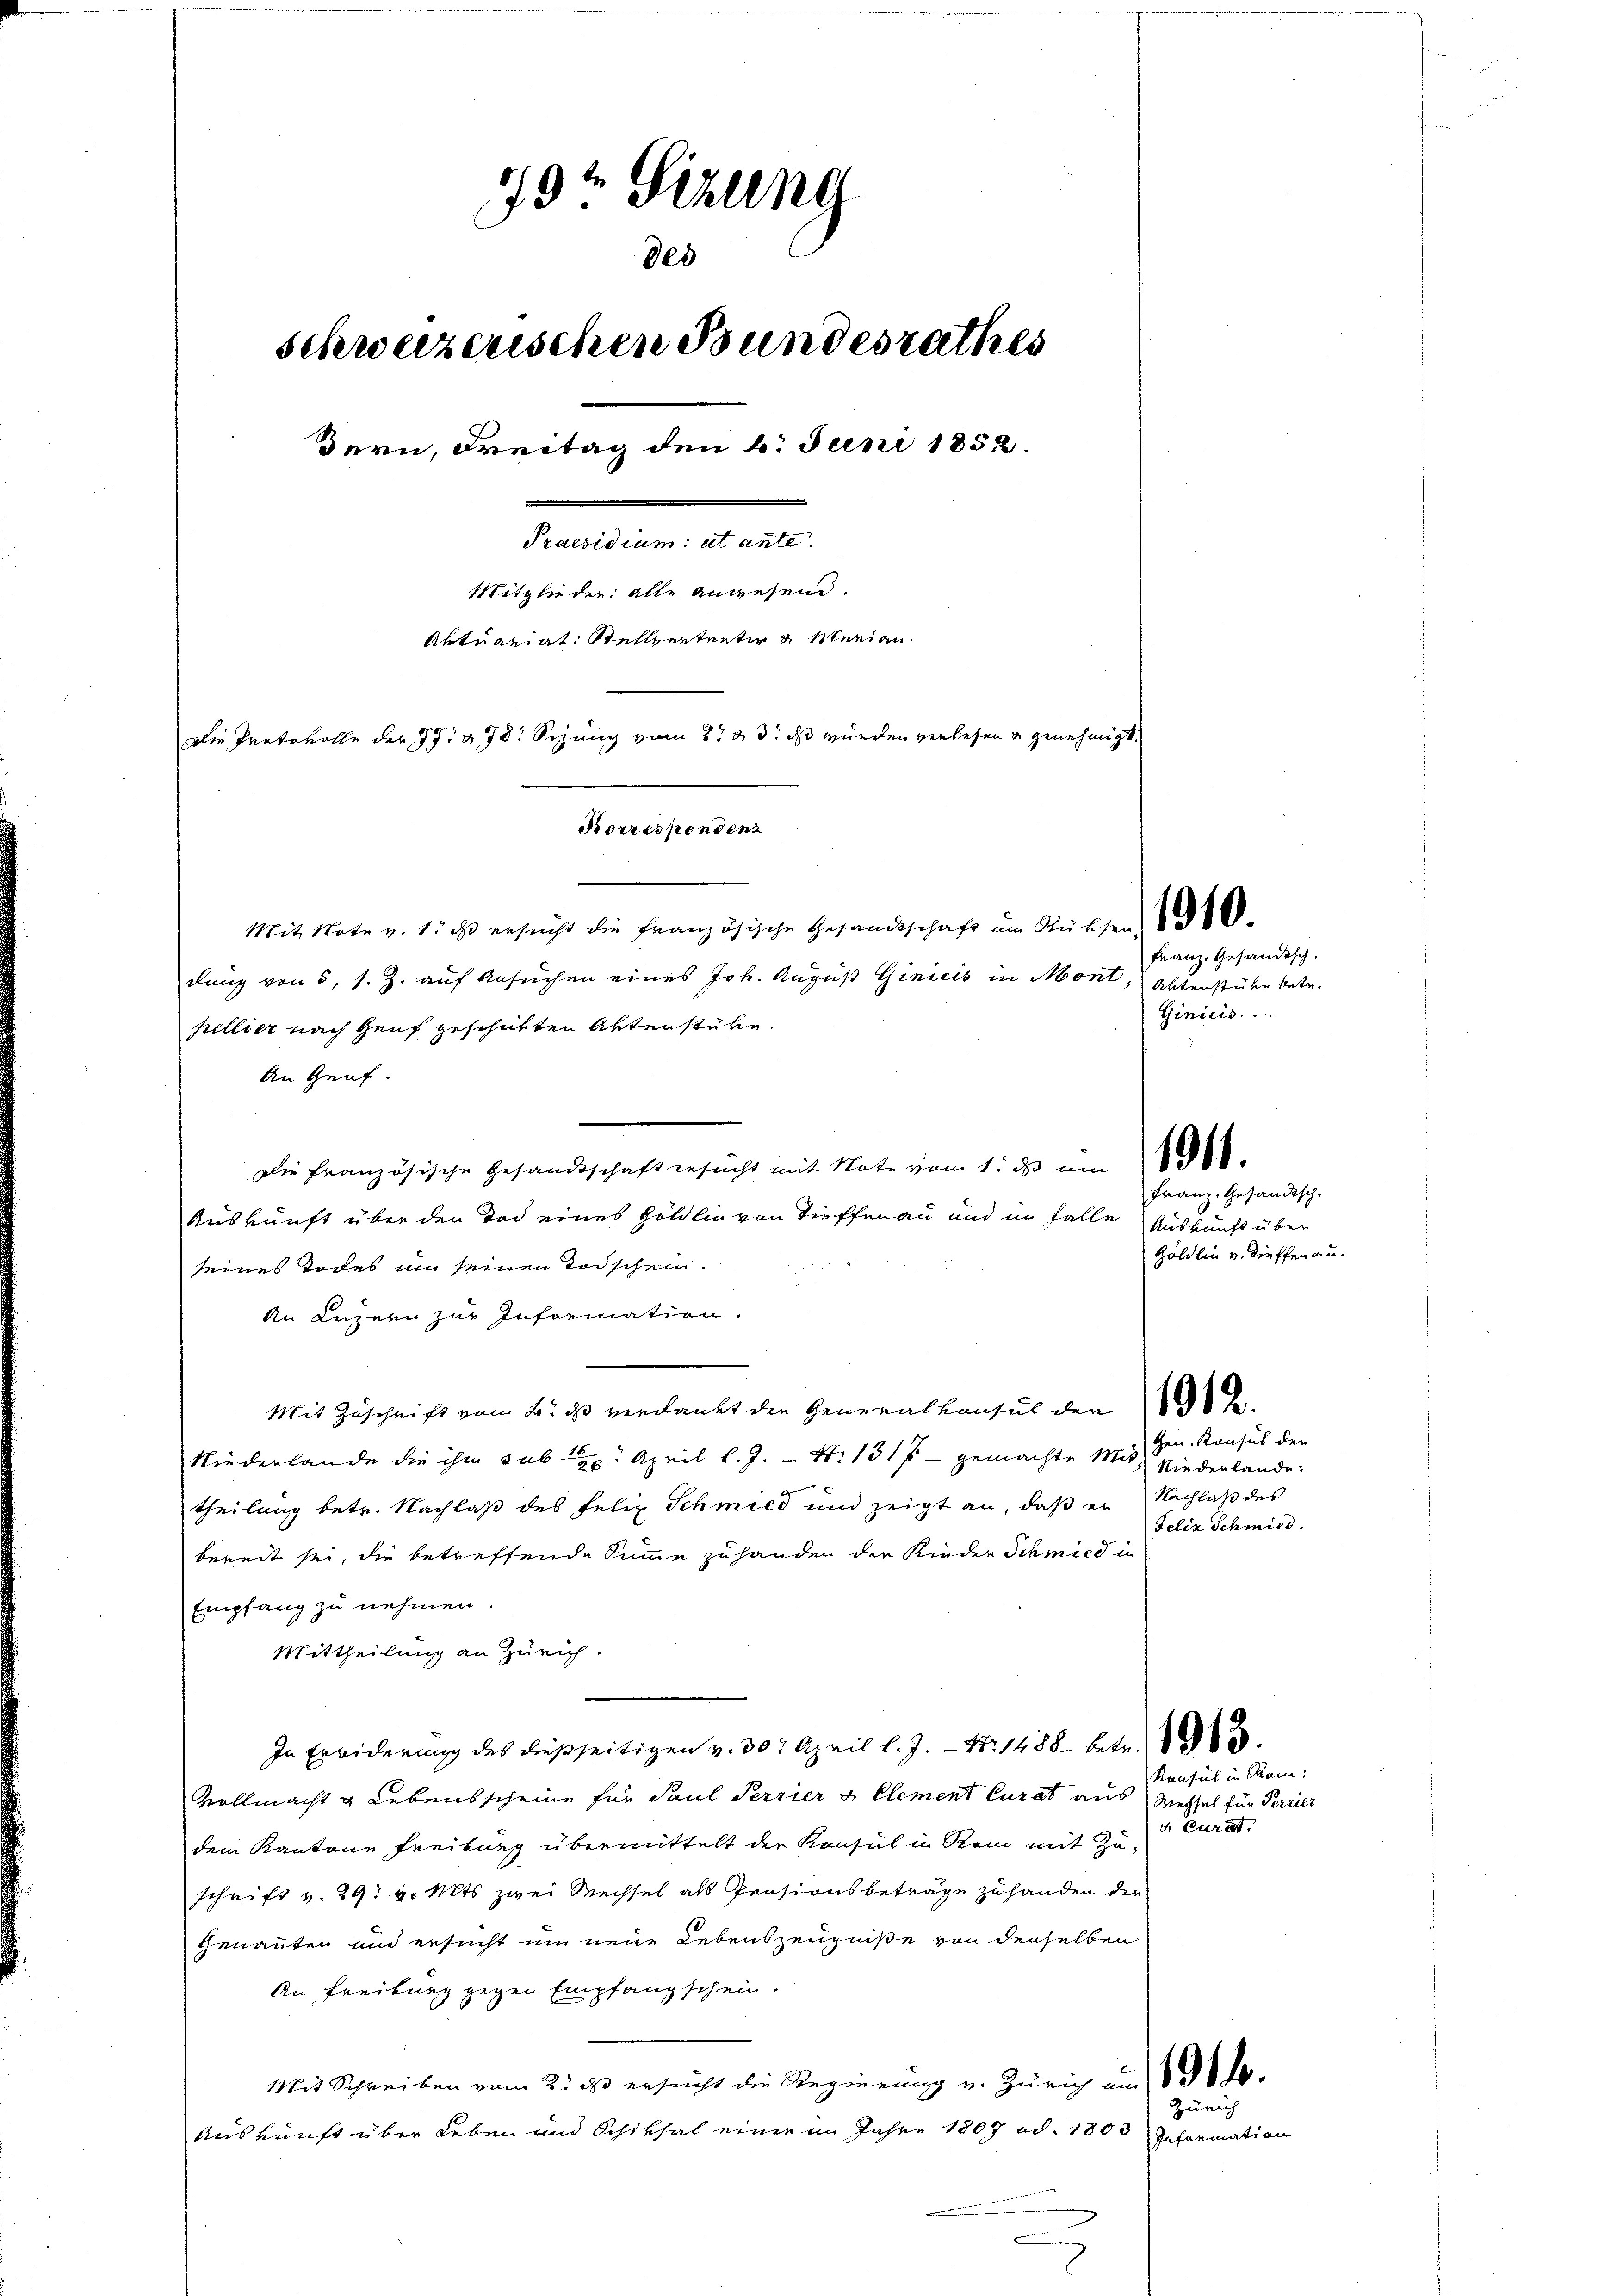
19t Sizung
des
schweizerischen Bundesrathes
dern, Freitag den 6. Juni 1852.
n
Praesidium et ante
Mitglieder: alle angesend.
Aktuariat Stellvertreter u Menian
Die Protokolle der 77. 478. Sezung vom 2te 3. ds wurden verlesen u genehmigt,
Korrespendenz
Mit Note v. 1. ds ersucht die französische Gesandtschaft im Rücksen

dung von 5, s. Z. auf Ansuchen eines Joh. August Ginicis in Mont, Aktenstüke betr.
pellier nach Genf geschütten Aktenstüke.
An Genf
Die französische Gesandtschaft ersucht mit Note vom 1. ds um
Auskunft über den Tod eines Göldlin von Tieffenau und in Falle Auskunft über
seines Todes um seinen Todschein.
An Luzern zur Information.
Mit Zuschrift vom 2. ds verdankt der Generalkonsul der
Niederlande die ihn sub. April l. J. - N. 131 f - gemachte Mit Niederlande:
theilung betr. Nachlaß des Felix Schmied und zeigt an, daß er Nachlaß des
bereit sei, die betreffende Summe zu handen der Kinder Schmied in
Empfang zu nehmen.
Mittheilung an Zürich.
In Erwiderung des dießseitigen v. 30. April l. J. Nr. 1488 betr.
Vollmacht & Lebensscheine für Paul Perrier & Clement Curat aus
dem Kantone Freibung übermittelt der Konsul in Rein mit Zu-
schrift v. 29. v. Mts zwei Mechsel als Pensionsbeträge zuhanden der
genannten und ersucht um neue Lebenszeugniße von denselben
An Freiburg gegen Empfangschein.
Mit Schreiben vom 2. ds ersucht die Regierung v. Zürich um 10.
Auskunft über Leben und Schiksal einer im Jahre 1807 od. 1803

Franz. Gesandtsch.
Ginicis.

Franz. Gesandtsch.
Göldlin v. Stieffen au.

Gen. Konsul der
Felix Schmied.

Konsul in Rom:
Wechsel für Perrier
x Curat

Zürich

Information